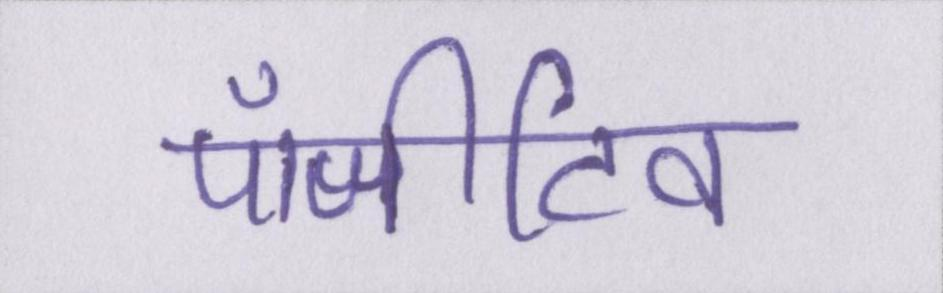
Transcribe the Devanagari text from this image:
पॉजीटिव